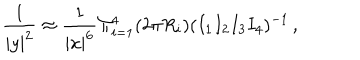
\frac { 1 } { | y | ^ { 2 } } \approx \frac { 1 } { | x | ^ { 6 } } \Pi _ { i = 1 } ^ { 4 } ( 2 \pi R _ { i } ) ( I _ { 1 } I _ { 2 } I _ { 3 } I _ { 4 } ) ^ { - 1 } \, ,